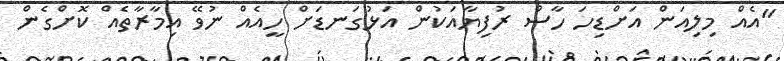
"އެއް މިލިއަން އަށްޑިހަ ހާސް ރުފިޔާއަކުން އަޅުގަނޑަށް ހީއެއް ނުވޭ އިމާރާތެއް ކޮށްގެން